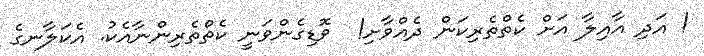
! އަދި އާއިލާ އަށް ކެތްތެރިކަން ދެއްވާށިި!  ވޮޑިގެންވަނީ ކެތްތެރިންނާއެކު. އެކަލާނގެ